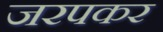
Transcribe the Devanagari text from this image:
जरपकर